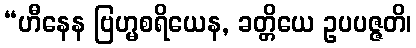
“ဟီနေန ဗြဟ္မစရိယေန, ခတ္တိယေ ဥပပဇ္ဇတိ၊